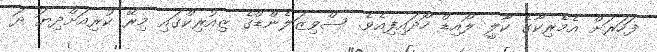
ފަހަރަށް އެމެރިކާގެ ކާލީ ލޯއިޑް ހޯދައިފިއެވެ. ސްވިޒަލެންޑްގެ ޒިއުރިކްގައި މިރޭ ކުރިއަށްދިޔަ ދަ